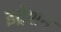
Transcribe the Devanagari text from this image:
इट्रेशन